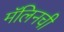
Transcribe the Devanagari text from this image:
मॅलिनची